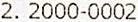
2. 2000-0002